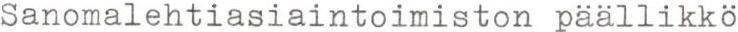
Sanomalehtiasiaintoimiston päällikkö